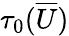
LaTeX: \tau_{0}(\overline{{U}})